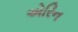
એરિન